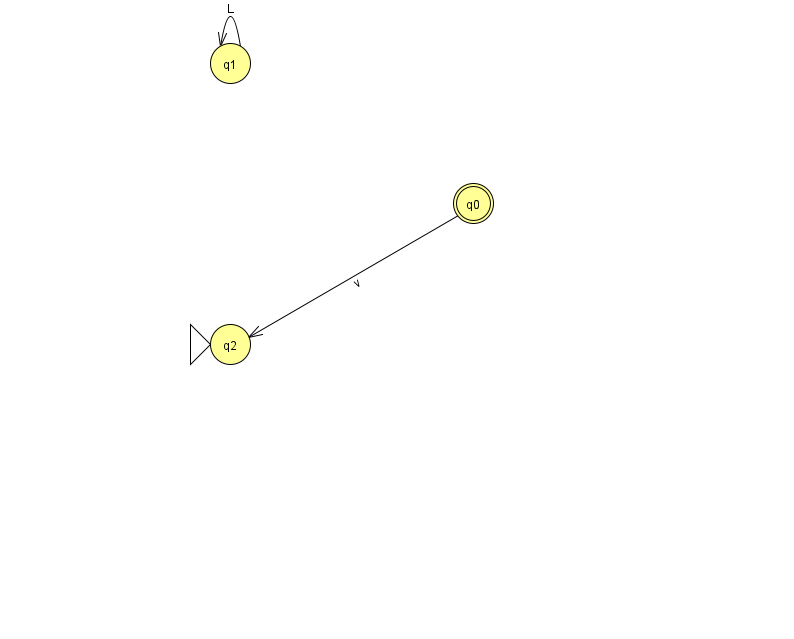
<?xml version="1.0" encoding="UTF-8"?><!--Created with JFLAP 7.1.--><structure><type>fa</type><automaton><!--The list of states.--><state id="0" name="q0"><x>473.0</x><y>190.0</y><final/></state><state id="1" name="q1"><x>230.0</x><y>50.0</y></state><state id="2" name="q2"><x>230.0</x><y>331.0</y><initial/></state><!--The list of transitions.--><transition><from>0</from><to>2</to><read>v</read></transition><transition><from>1</from><to>1</to><read>L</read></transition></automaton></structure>